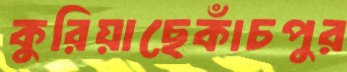
কুরিয়াছেকাঁচপুর